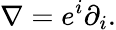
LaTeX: \nabla=e^{i}\partial_{i}.